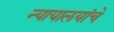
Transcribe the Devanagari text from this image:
न्यायालयांचे